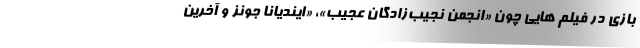
بازی در فیلم هایی چون «انجمن نجیب‌زادگان عجیب»، «ایندیانا جونز و آخرین